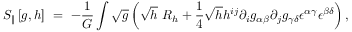
S _ { \| } \left[ g , h \right] ~ = ~ - { \frac { 1 } { G } } \int \sqrt g \left( \sqrt h ~ R _ { h } + { \frac { 1 } { 4 } } \sqrt h h ^ { i j } \partial _ { i } g _ { \alpha \beta } \partial _ { j } g _ { \gamma \delta } { \epsilon } ^ { \alpha \gamma } { \epsilon } ^ { \beta \delta } \right) ,